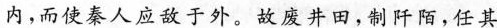
内，而使秦人应敌于外。故废井田，制叶阳，任其